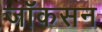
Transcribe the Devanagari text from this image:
जॉकसन